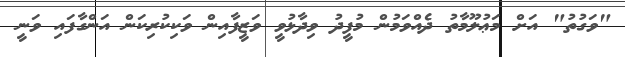
"ވަގުތު" އަށް މަޢުލޫމާތު ދެއްވަމުން މުފީދު ވިދާޅުވީ ވަޒީފާއިން ވަކިކުރިކަން އަންގާފައި ވަނީ